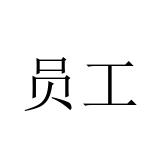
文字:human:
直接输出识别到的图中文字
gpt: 员工